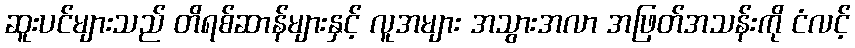
ဆူးပင်များသည် တိရစ်ဆာန်များနှင့် လူအများ အသွားအလာ အဖြတ်အသန်းကို ငံလင့်